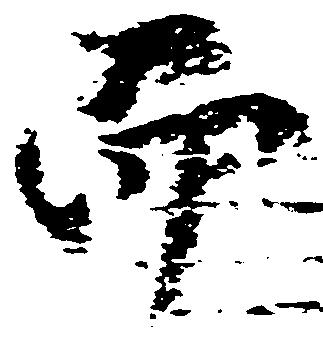
而